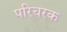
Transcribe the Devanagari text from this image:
परिचरक